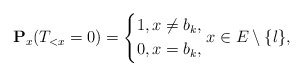
\begin{align*}\mathbf{P}_x(T_{<x}=0)=\left\lbrace \begin{aligned}1,x\neq b_k, \\0,x=b_k,\end{aligned} \right. x\in E\setminus \{l\},\end{align*}